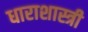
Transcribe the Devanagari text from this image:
धाराशास्त्री